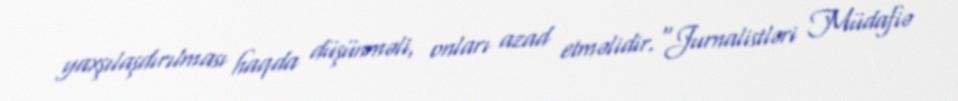
yaxşılaşdırılması haqda düşünməli, onları azad etməlidir.“Jurnalistləri Müdafiə